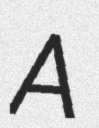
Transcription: A